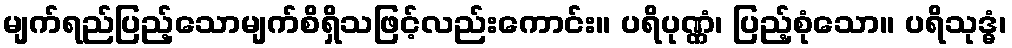
မျက်ရည်ပြည့်သောမျက်စိရှိသဖြင့်လည်းကောင်း။ ပရိပုဏ္ဏံ၊ ပြည့်စုံသော။ ပရိသုဒ္ဓံ၊